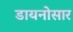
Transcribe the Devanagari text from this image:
डायनोसार